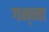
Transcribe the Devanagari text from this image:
गन्‍ना